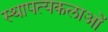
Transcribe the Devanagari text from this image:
स्थापत्यकलाओं